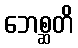
ဘေစ္ဆတိ